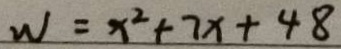
W = x ^ { 2 } + 7 x + 4 8